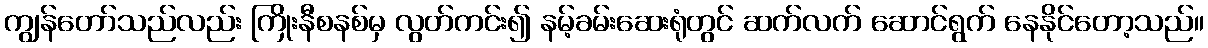
ကျွန်တော်သည်လည်း ကြိုးနီစနစ်မှ လွတ်ကင်း၍ နမ့်ခမ်းဆေးရုံတွင် ဆက်လက် ဆောင်ရွက် နေနိုင်တော့သည်။